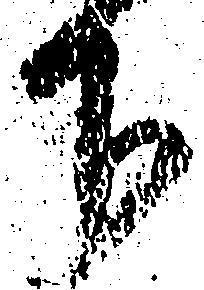
下